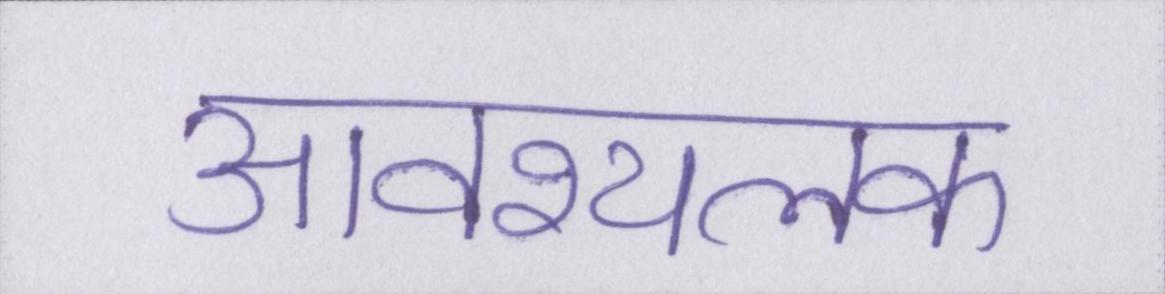
आवश्यलक